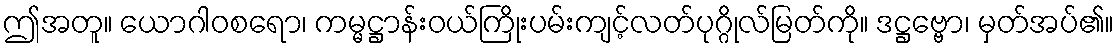
ဤအတူ။ ယောဂါဝစရော၊ ကမ္မဋ္ဌာန်းဝယ်ကြိုးပမ်းကျင့်လတ်ပုဂ္ဂိုလ်မြတ်ကို။ ဒဋ္ဌဗ္ဗော၊ မှတ်အပ်၏။